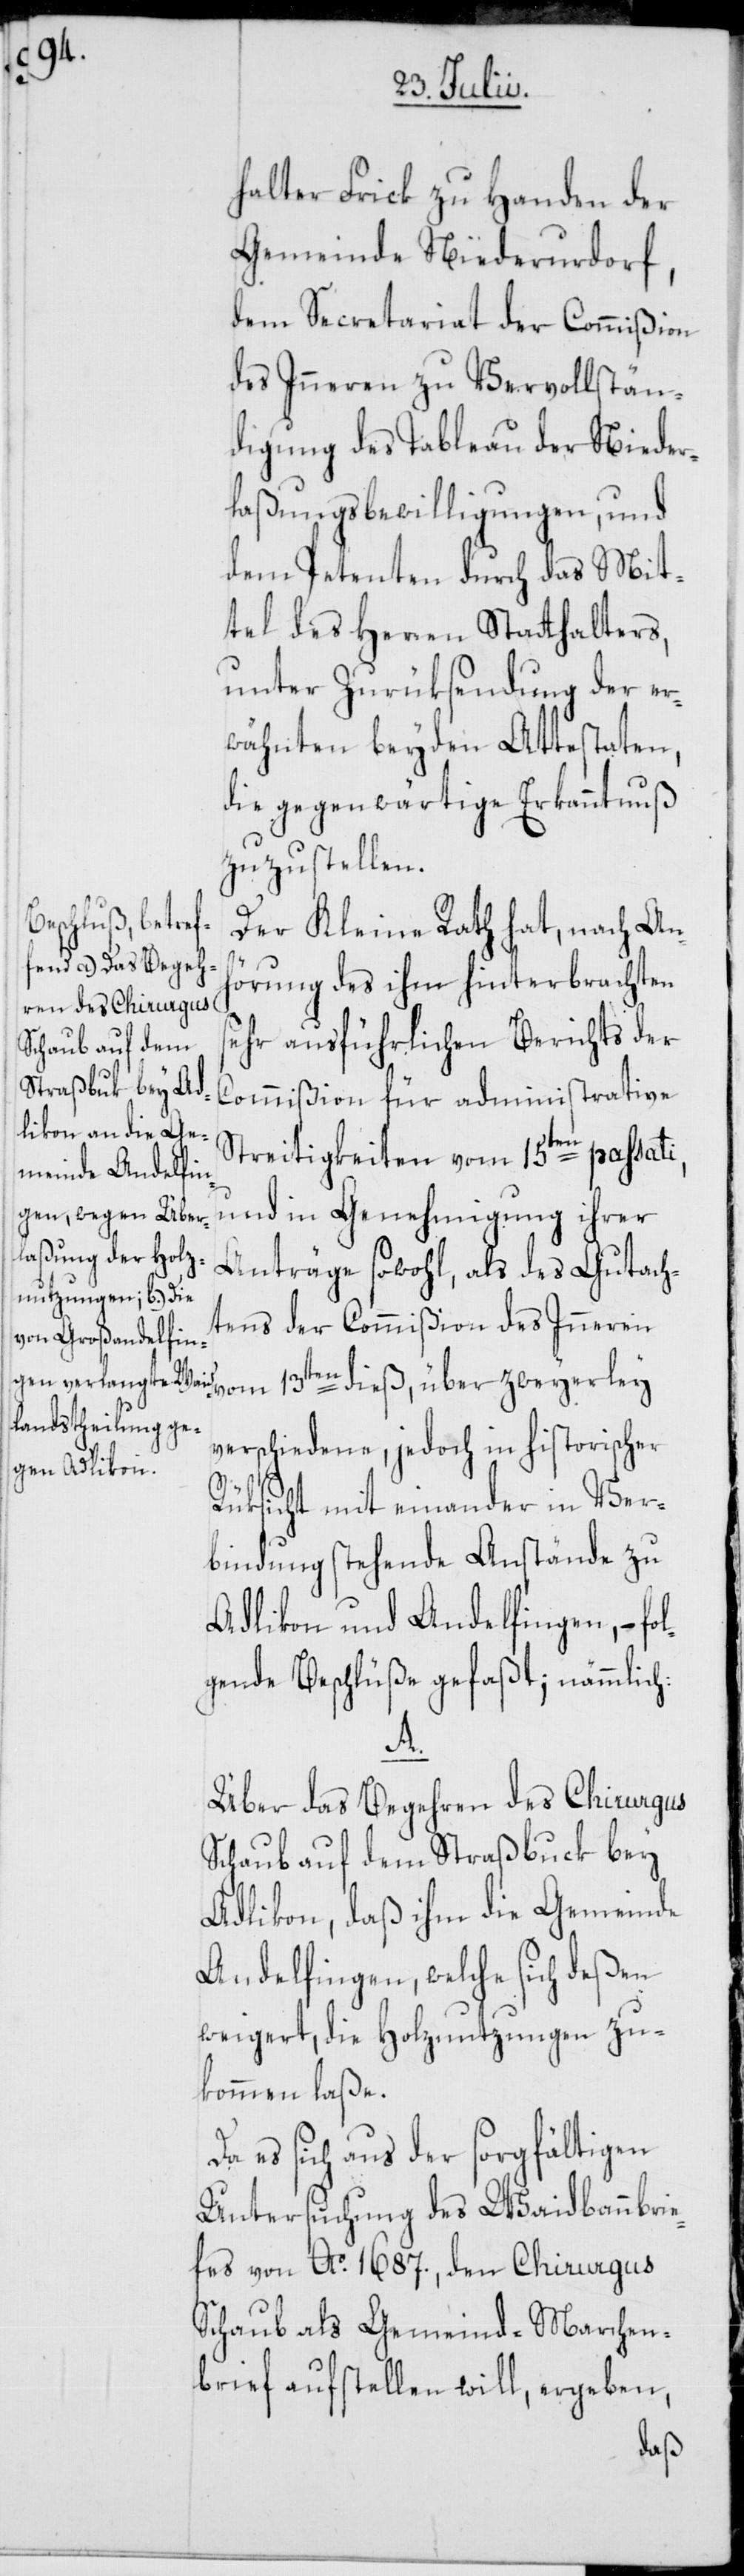
halter Frick zu Handen der
Gemeinde Niederurdorf,
dem Secretariat der Commißion
des Inneren zu Vervollstän¬
digung des Tableau der Nieder¬
laßungsbewilligungen, und
dem Petenten durch das Mit¬
tel des Herren Statthalters,
unter Zurüksendung der er¬
wähnten beyden Attestaten,
die gegenwärtige Erkanntnuß
zuzustellen.
Der Kleine Rath hat, nach Anh¬
örung des ihm hinterbrachten
sehr ausführlichen Berichts der
Commißion für administrative
Streitigkeiten vom 15ten passat¬
und in Genehmigung ihrer
Anträge sowohl, als des Gutach¬
tens der Commißion des Inneren
vom 13ten dieß, über zweyerlei
verschiedene, jedoch in historischer
Rüksicht mit einander in Ver¬
bindung stehende Anstände zu
Adlikon und Andelfingen, – fo¬
lgende Beschlüße gefaßt; nämmlich:
A.
Über das Begehren des Chirurgus
Schaub auf dem Straßbuck bey
Adlikon, daß ihm die Gemeinde
Andelfingen, welche sich deßen
weigert, die Holznutzungen zu¬
kommen laße.
Da es sich aus der sorgfältigen
Untersuchung des Waidbannbrie¬
fes von Ao. 1687., den Chirurgus
Schaub als Gemeind-Marchen¬
brief aufstellen will, ergeben,